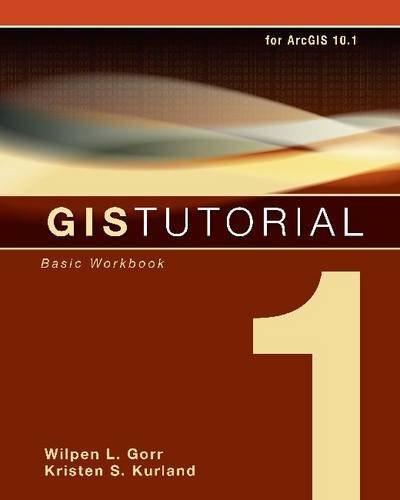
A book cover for GIS Tutorial 1: Basic Workbook, 10.1 Edition; Wilpen L. Gorr; Engineering & Transportation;